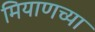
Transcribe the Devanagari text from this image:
मियाणच्या